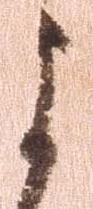
よ